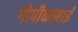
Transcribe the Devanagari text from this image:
गोपीकाबाई